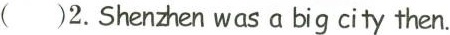
( )2.Shenzhen was a big city then.